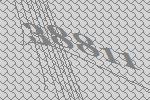
38811